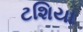
ટશિયા